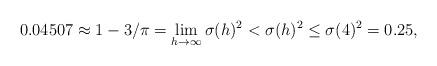
LaTeX: \begin{align*}0.04507 \approx 1 - {3}/{\pi} = \lim_{h \to \infty} \sigma(h)^2< \sigma(h)^2 \le \sigma(4)^2 = 0.25,\end{align*}